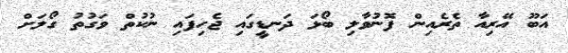
އަބޫ އޭރިއާ ތެރެއިން ފޮނުވާލި ބޯޅަ ދަނޑީގައި ޖެހިފައި ނުކުތް ވަގުތު ގޯލަށް